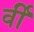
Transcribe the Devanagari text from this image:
र्वी